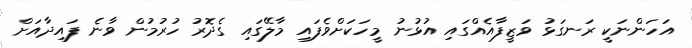
އަހަންނަކީ ރަނގަޅު ވަޒީފާއެއްގައި އުޅުނު މީހަކަށްވެފައި މާލޭގައި ގެދޮރު ހުރުމުން ވާނެ ފައިދާއަށް